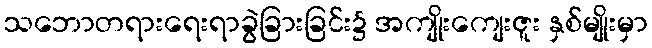
သဘောတရားရေးရာခွဲခြားခြင်း၌ အကျိုးကျေးဇူး နှစ်မျိုးမှာ